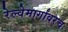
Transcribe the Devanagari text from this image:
रेल्वेमार्गांवरच